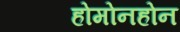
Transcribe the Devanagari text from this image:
होमोनहोन